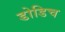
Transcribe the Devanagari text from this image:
डोडिच